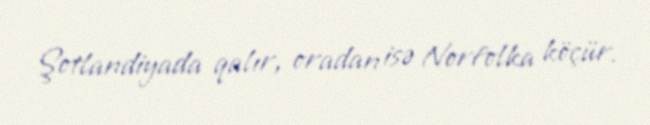
Şotlandiyada qalır, oradan isə Norfolka köçür.